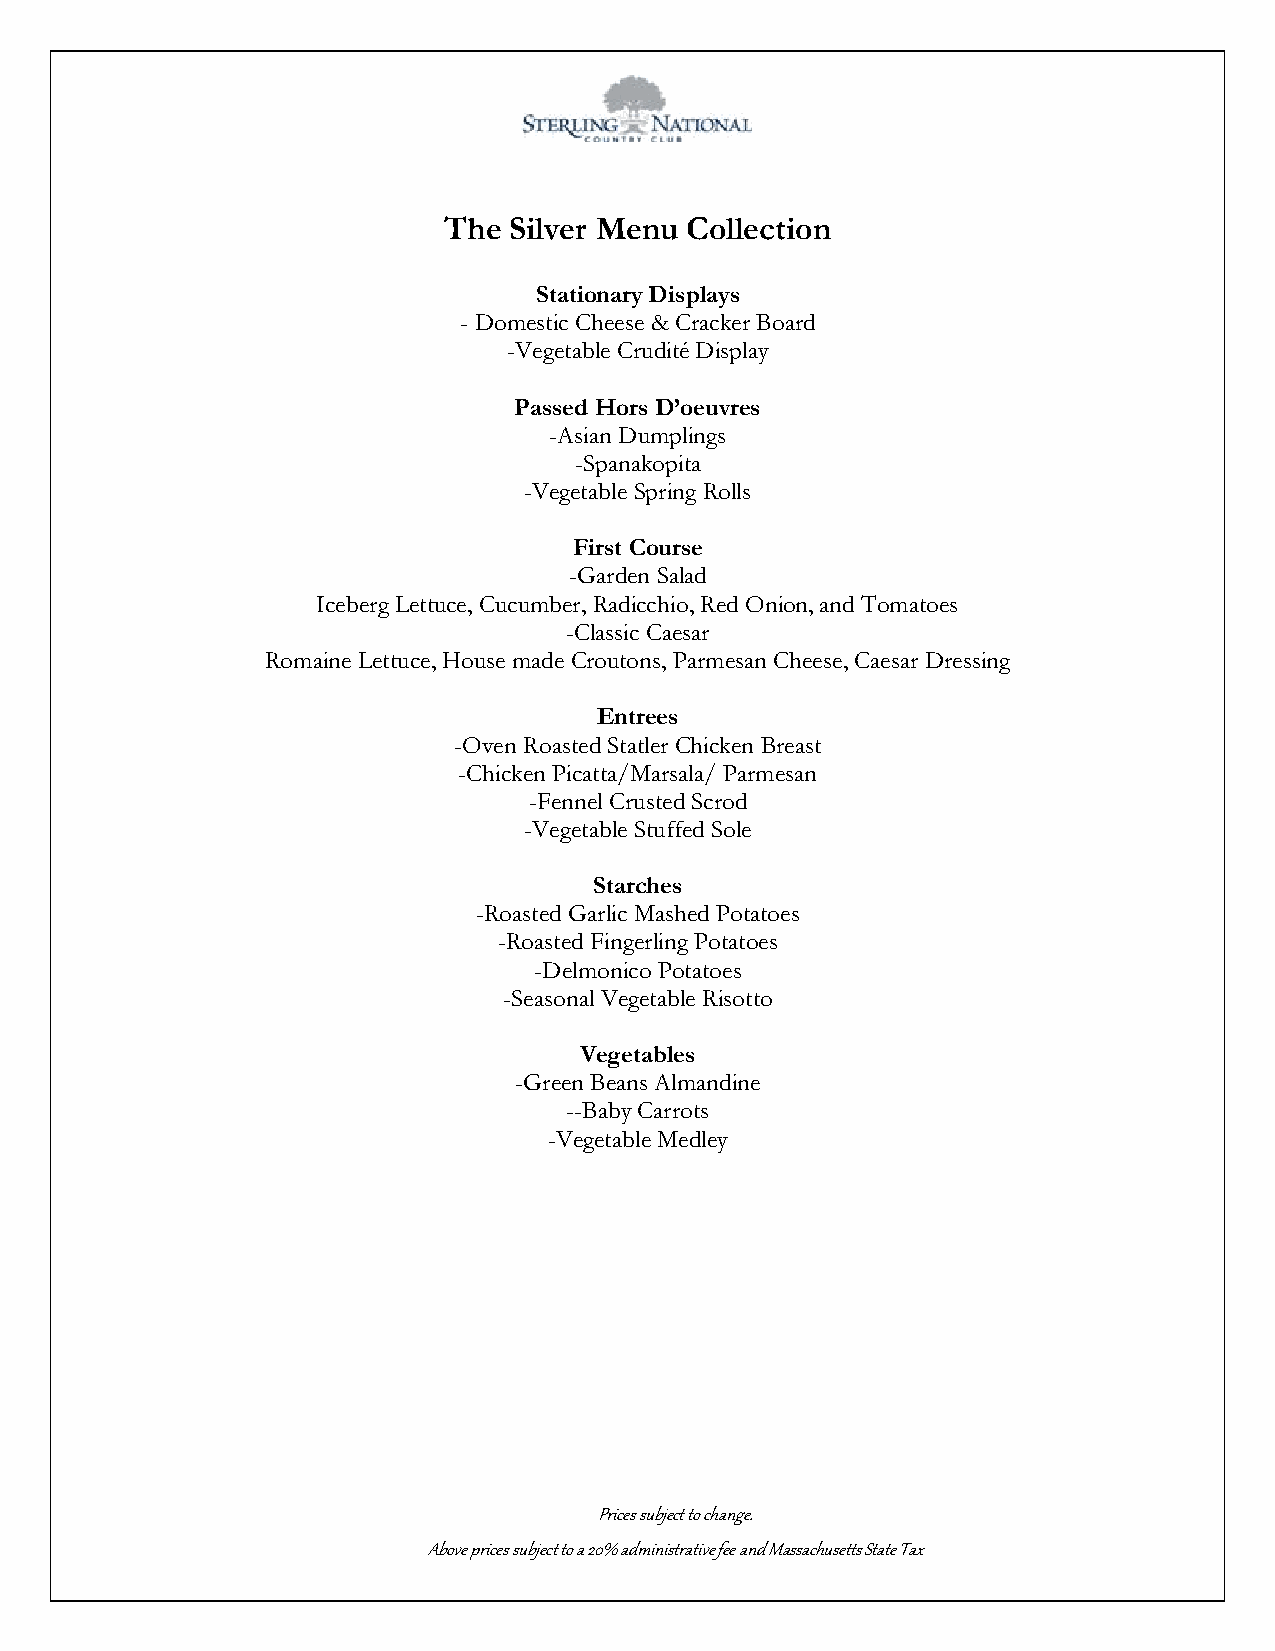
The  Silver Menu Collection
 Stationary Displays
 - Domestic Cheese & Cracker Board
 -Vegetable Crudité Display
 Passed Hors D’oeuvres
 -Asian Dumplings
 -Spanakopita
 -Vegetable Spring Rolls
 First Course
 -Garden Salad
 Iceberg Lettuce, Cucumber, Radicchio, Red Onion, and Tomatoes
 -Classic Caesar
 Romaine Lettuce, House made Croutons, Parmesan Cheese, Caesar Dressing
 Entrees
 -Oven Roasted Statler Chicken Breast
 -Chicken Picatta/Marsala/ Parmesan
 -Fennel Crusted Scrod
 -Vegetable Stuffed Sole
 Starches
 -Roasted Garlic Mashed Potatoes
 -Roasted Fingerling Potatoes
 -Delmonico Potatoes
 -Seasonal Vegetable Risotto
 Vegetables
 -Green Beans Almandine
 --Baby Carrots
 -Vegetable Medley
 Prices subject to change.
 Above prices subject to a 20% administrative fee and Massachusetts State Tax